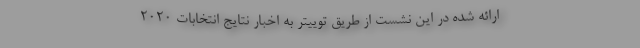
ارائه شده در این نشست از طریق توییتر به اخبار نتایج انتخابات ۲۰۲۰